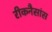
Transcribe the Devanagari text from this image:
रीकनैसांस